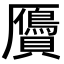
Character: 贗